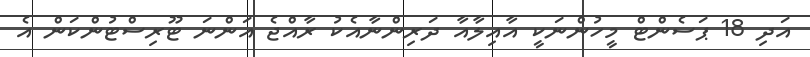
އަދި 18 ޕަސެންޓް މީހުންނަކީ އާއިލާއާ ދަރިންނާއެކު ރާއްޖެ އަންނަ ޓޫރިސްޓުންކަން އެ